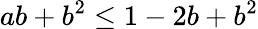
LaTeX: ab+b^{2}\leq 1-2b+b^{2}